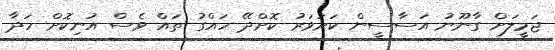
ޖަމީލަށް ގާނޫނު އަސާސީން ކަށަވަރު ކޮށްދޭ ހައްގު ތައް ވެސް އުނިކޮށް ހަދާ